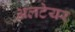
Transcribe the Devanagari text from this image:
अलटेयर